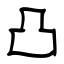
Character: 凸